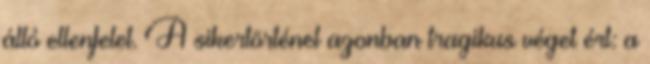
álló ellenfelet. A sikertörténet azonban tragikus véget ért: a